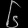
Digit: ၆